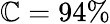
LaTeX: \mathbb{C}=94\%